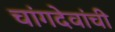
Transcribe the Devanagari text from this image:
चांगदेवांची